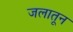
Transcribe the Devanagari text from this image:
जलातून